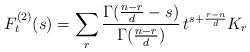
LaTeX: \begin{align*}F_t^{(2)}(s) = \sum_r\frac{\Gamma(\frac{n-r}{d}-s)}{\Gamma(\frac{n-r}{d})} \,t^{s+\frac{r-n}{d}}K_r\end{align*}